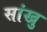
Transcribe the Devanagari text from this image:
सांखु